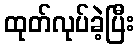
ထုတ်လုပ်ခဲ့ပြီး